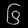
Digit: ၆